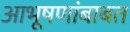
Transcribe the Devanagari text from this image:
आभूषणांबाबत